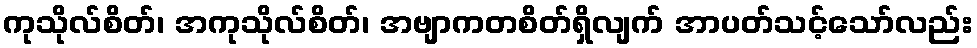
ကုသိုလ်စိတ်၊ အကုသိုလ်စိတ်၊ အဗျာကတစိတ်ရှိလျက် အာပတ်သင့်သော်လည်း